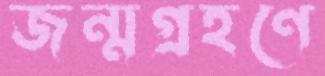
জন্মগ্রহণে